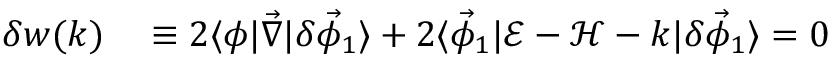
\begin{array} { r l } { \delta w ( k ) } & { { } \equiv 2 \langle \phi \lvert \vec { \nabla } \rvert \delta \vec { \phi } _ { 1 } \rangle + 2 \langle \vec { \phi } _ { 1 } \lvert \mathcal { E } - \mathcal { H } - k \rvert \delta \vec { \phi } _ { 1 } \rangle = 0 } \end{array}